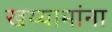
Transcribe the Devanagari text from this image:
खय्यामांना